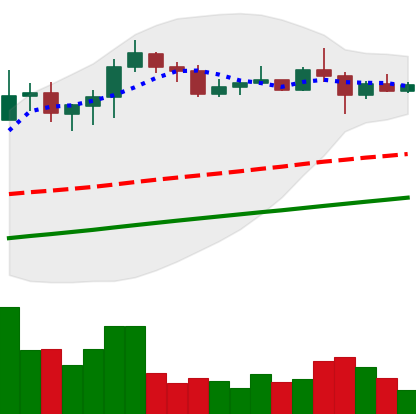
Ticker: XLM-USD
Chart end date: 2020-07-30
Forward return: 13.791%
Label: up_7plus